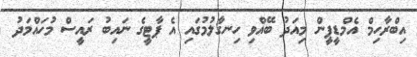
އިބްރާހިމް އެމްޑީޕީން މިއަދު ބޭއްވި ހިނގާލުމުގައި އެ ޕާޓީގެ ނައިބު ރައީސް މުހައްމަދު